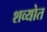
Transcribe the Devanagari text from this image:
शव्योत